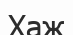
Хаж